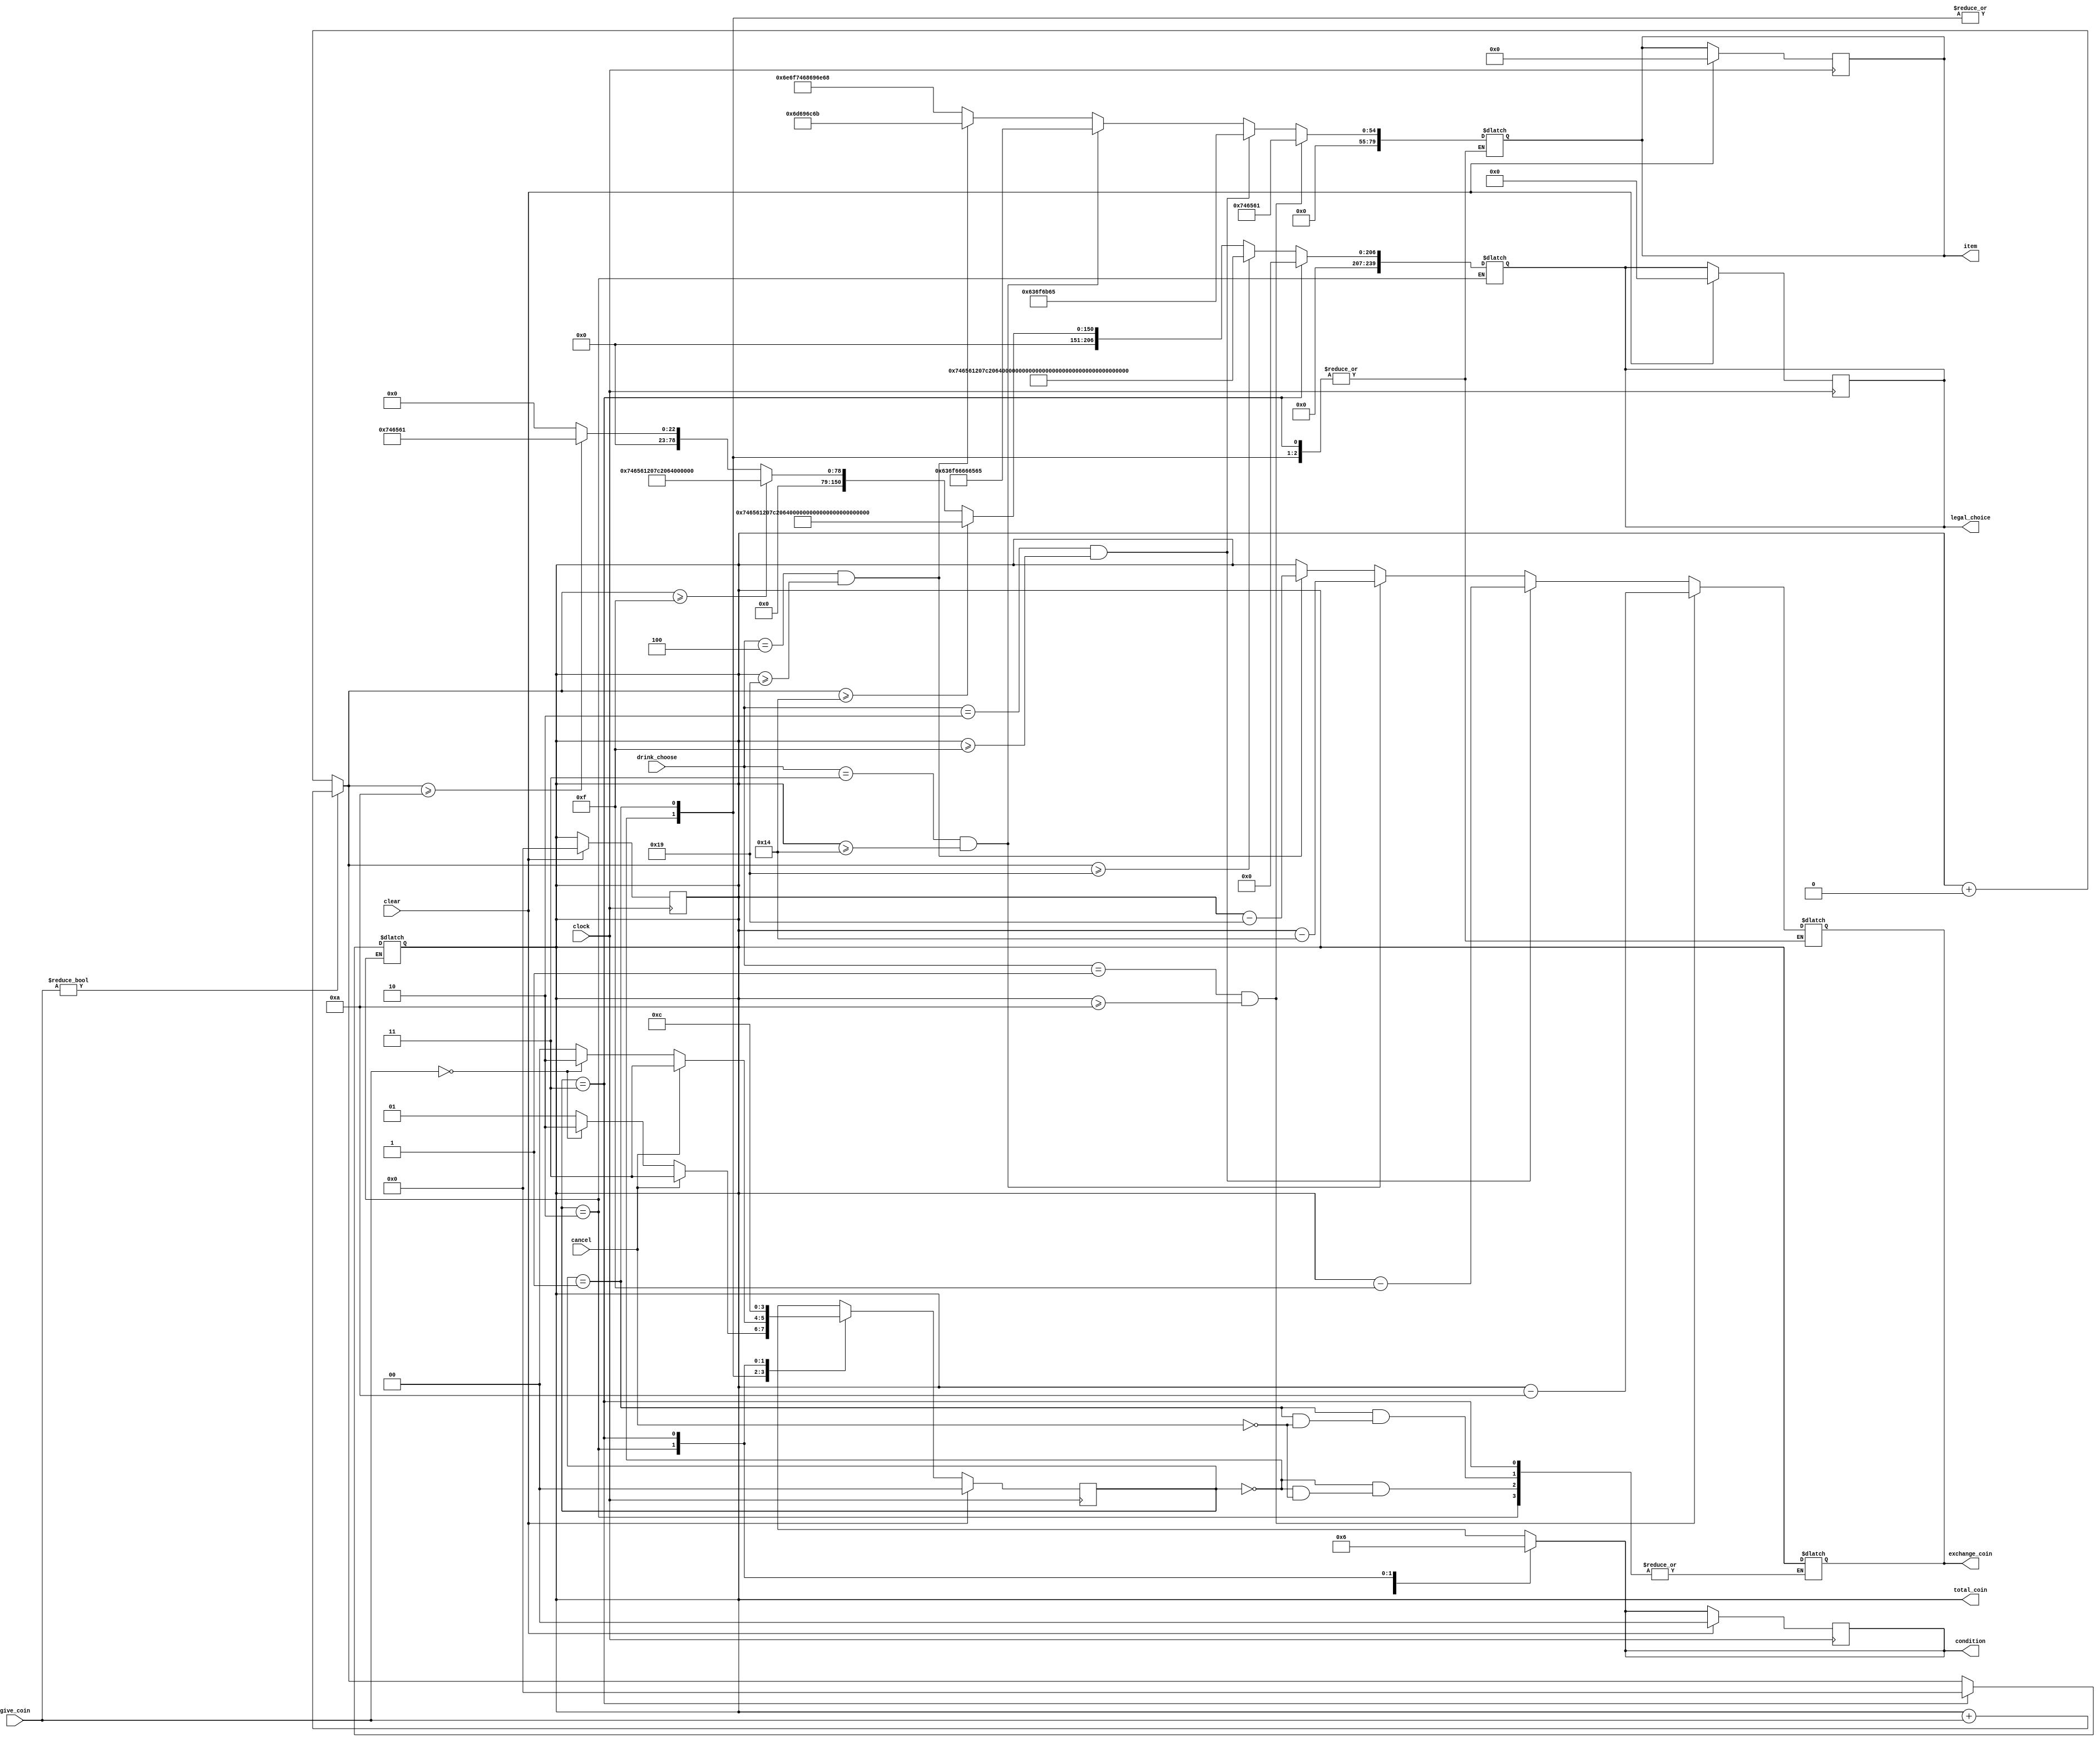
module FSM( total_coin, exchange_coin, legal_choice, item, condition, 
            give_coin, drink_choose, cancel, clock, clear ) ;

output [31:0] total_coin ;
reg [31:0] total_coin ;
output [31:0] exchange_coin ;
reg [31:0] exchange_coin ;
output [8*30:1] legal_choice ;
reg [8*30:1] legal_choice ;
output [8*10:1] item ; 
reg [8*10:1] item ; 
output [1:0] condition ; 
reg [1:0] condition ; 

input [31:0] give_coin ;
input [3:0] drink_choose ;
input cancel ;
input clock, clear ;

parameter S0 = 2'd0, S1 = 2'd1, S2 = 2'd2, S3 = 2'd3 ;

reg [1:0] state ;
reg [1:0] next_state ;

always @( posedge clock )
    if ( clear ) begin
        state <= S0 ;
        total_coin <= 0 ;
        legal_choice <= "" ;
        item <= "" ;
        condition <= 2'b00 ;
    end
    else begin
        state <= next_state ;
    end

always @( state ) begin

    //$display( $time, " state = %d ", state ) ;

    case ( state )
        S0 : begin
		
                condition = 2'b00 ; 

                if ( give_coin ) total_coin = total_coin + give_coin ;
                else total_coin = total_coin + 32'd0 ;
				
				if ( total_coin >= 32'd25 ) legal_choice = "tea | coke | coffee | milk" ;
                else if ( total_coin >= 32'd20 ) legal_choice = "tea | coke | coffee" ;
                else if ( total_coin >= 32'd15 ) legal_choice = "tea | coke" ;
                else if ( total_coin >= 32'd10 ) legal_choice = "tea" ;
                else legal_choice = "" ;

             end
        S1 : begin
		
                condition = 2'b00 ;  

                if ( give_coin ) total_coin = total_coin + give_coin ;
                else total_coin = total_coin + 32'd0 ;

                if ( total_coin >= 32'd25 ) legal_choice = "tea | coke | coffee | milk" ;
                else if ( total_coin >= 32'd20 ) legal_choice = "tea | coke | coffee" ;
                else if ( total_coin >= 32'd15 ) legal_choice = "tea | coke" ;
                else if ( total_coin >= 32'd10 ) legal_choice = "tea" ;
                else legal_choice = "" ;

             end
        S2 : begin
		
                condition = 2'b01 ;

                if ( drink_choose == 4'd1 && total_coin >= 32'd10 ) begin
                    item = "tea" ;
                    exchange_coin = total_coin - 32'd10 ; 
                end 
                else if ( drink_choose == 4'd2 && total_coin >= 32'd15 ) begin
                    item = "coke" ;
                    exchange_coin = total_coin - 32'd15 ;     
                end
                else if ( drink_choose == 4'd3 && total_coin >= 32'd20 ) begin
                    item = "coffee" ;
                    exchange_coin = total_coin - 32'd20 ; 
                end
                else if ( drink_choose == 4'd4 && total_coin >= 32'd25 ) begin
                    item = "milk" ;
                    exchange_coin = total_coin - 32'd25 ; 
                end   
				else begin
				    item = "nothing" ;
					exchange_coin = total_coin ;
				end
				
             end
        S3 : begin 
                condition = 2'b10 ;  
                total_coin = 32'd0 ;  
				legal_choice = "" ;	
             end
    endcase

end

always @( state or give_coin or cancel or drink_choose ) begin

    case ( state )
        S0 : begin 
                if ( cancel ) begin 
					exchange_coin = total_coin ;
                    next_state = S3 ;
                end
                else if ( give_coin == 32'd0 ) begin
					next_state = S2 ;
				end
                else begin
                    next_state = S1 ;
                end
             end
        S1 : begin 
		        if ( cancel ) begin
					exchange_coin = total_coin ;
                    next_state = S3 ;
                end
                else if ( give_coin == 32'd0 ) begin
				    next_state = S2 ;
                end
                else begin
                    next_state = S0 ;
                end
             end
        S2 : begin 
                next_state = S3 ;
             end
        S3 : begin 
                next_state = S0 ;
             end
        default : next_state = S0 ;
    endcase

end

endmodule